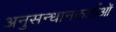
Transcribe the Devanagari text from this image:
अनुसन्धानकर्ताओं